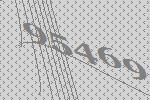
95469